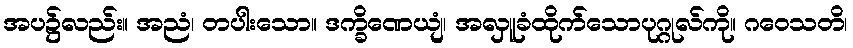
အပ၌လည်း။ အညံ၊ တပါးသော။ ဒက္ခိဏေယျံ၊ အလှူခံထိုက်သောပုဂ္ဂုလ်ကို။ ဂဝေသတိ၊